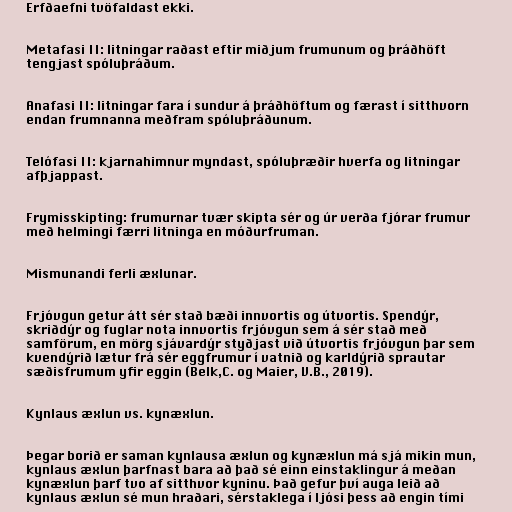
Erfðaefni tvöfaldast ekki.

Metafasi II: litningar raðast eftir miðjum frumunum og þráðhöft
tengjast spóluþráðum.

Anafasi II: litningar fara í sundur á þráðhöftum og færast í sitthvorn
endan frumnanna meðfram spóluþráðunum.

Telófasi II: kjarnahimnur myndast, spóluþræðir hverfa og litningar
afþjappast.

Frymisskipting: frumurnar tvær skipta sér og úr verða fjórar frumur
með helmingi færri litninga en móðurfruman.

Mismunandi ferli æxlunar.

Frjóvgun getur átt sér stað bæði innvortis og útvortis. Spendýr,
skriðdýr og fuglar nota innvortis frjóvgun sem á sér stað með
samförum, en mörg sjávardýr styðjast við útvortis frjóvgun þar sem
kvendýrið lætur frá sér eggfrumur í vatnið og karldýrið sprautar
sæðisfrumum yfir eggin (Belk,C. og Maier, V.B., 2019).

Kynlaus æxlun vs. kynæxlun.

Þegar borið er saman kynlausa æxlun og kynæxlun má sjá mikin mun,
kynlaus æxlun þarfnast bara að það sé einn einstaklingur á meðan
kynæxlun þarf tvo af sitthvor kyninu. Það gefur því auga leið að
kynlaus æxlun sé mun hraðari, sérstaklega í ljósi þess að engin tími